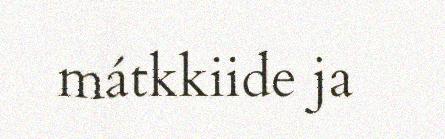
mátkkiide ja